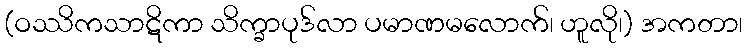
(ဝဿိကသာဋိကာ သိက္ခာပုဒ်လာ ပမာဏမလောက်၊ ဟူလို၊) အကတာ၊